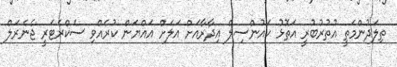
ތިލަދުންމަތީ އުތުރުބުރީ އަތޮޅު ކައުންސިލް އިދާރާއަށް އަލަށް އައްޔަން ކުރެއްވި ސެކްރެޓަރީ ޖެނެރަލް